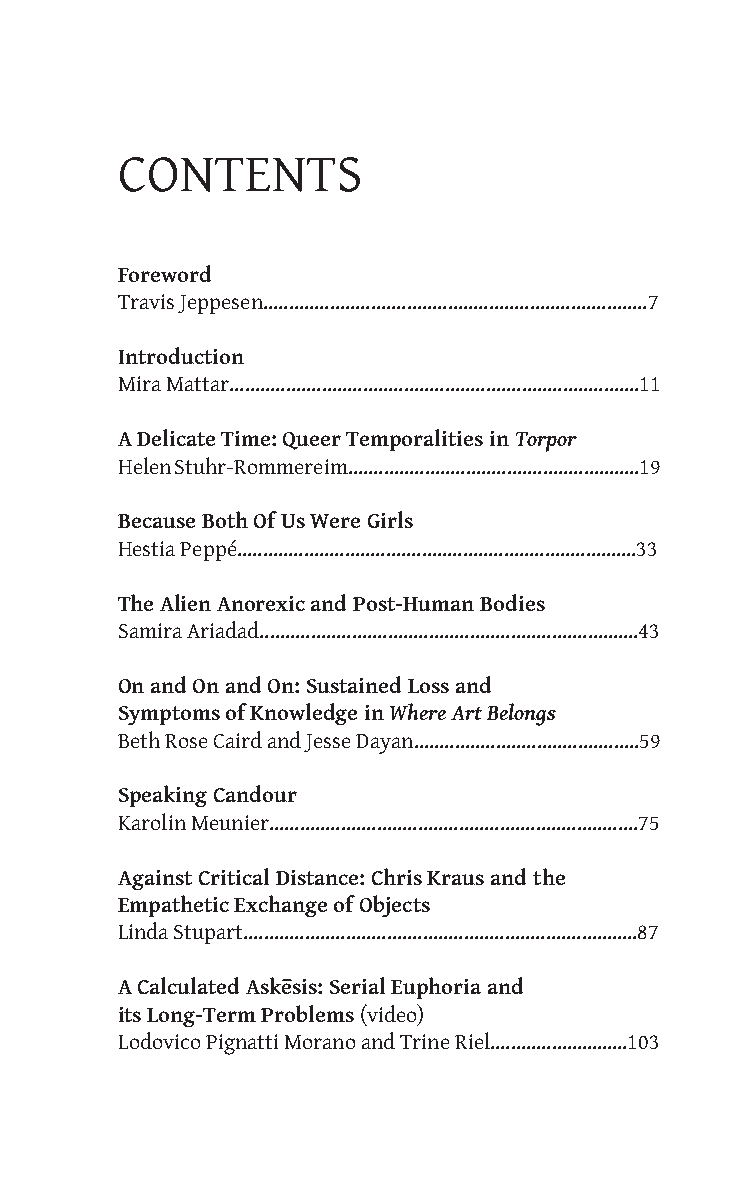
CONTENTS
 Foreword
 Travis Jeppesen...........................................................................7
 Introduction
 Mira Mattar................................................................................11
 A Delicate Time: Queer Temporalities in Torpor
 Helen Stuhr-Rommereim.........................................................19
 Because Both Of Us Were Girls
 Hestia Peppé..............................................................................33
 The Alien Anorexic and Post-Human Bodies
 Samira Ariadad..........................................................................43
 On and On and On: Sustained Loss and
 Symptoms of Knowledge in Where Art Belongs
 Beth Rose Caird and Jesse Dayan............................................59
 Speaking Candour
 Karolin Meunier........................................................................75
 Against Critical Distance: Chris Kraus and the
 Empathetic Exchange of Objects
 Linda Stupart.............................................................................87
 A Calculated Askēsis: Serial Euphoria and
 its Long-Term Problems (video)
 Lodovico Pignatti Morano and Trine Riel...........................103